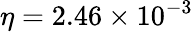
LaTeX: \eta=2.46\times 10^{-3}